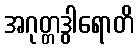
အဂုတ္တဒွါရောတိ